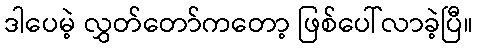
ဒါပေမဲ့ လွှတ်တော်ကတော့ ဖြစ်ပေါ်လာခဲ့ပြီ။